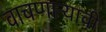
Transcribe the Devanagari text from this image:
वाचणाऱ्याची